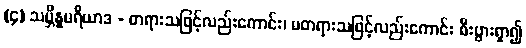
(၄) သမ္ဘိန္နမရိယာဒ - တရားသဖြင့်လည်းကောင်း၊ မတရားသဖြင့်လည်းကောင်း စီးပွားရှာ၍